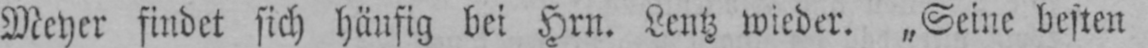
Meyer findet sich häufig bei Hrn. Lentz wieder. „Seine besten